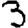
Digit: 3